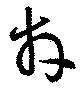
拜